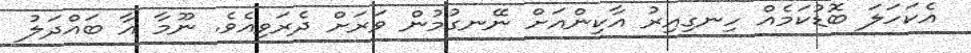
އެކަހަލަ ބޮޑުކަމެއް ހިނގިއިރު އާކިންއަށް ނޭނގުމުން ވަރަށް ދެރަވިއެވެ. ނޫމާ އާ ބައްދަލު